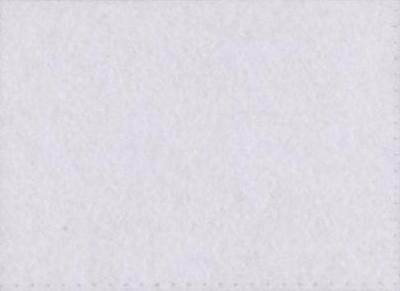
मॉ